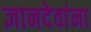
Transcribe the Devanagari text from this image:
ज्ञानदेवांना